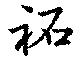
祐